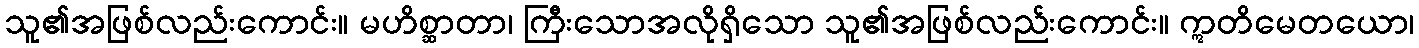
သူ၏အဖြစ်လည်းကောင်း။ မဟိစ္ဆာတာ၊ ကြီးသောအလိုရှိသော သူ၏အဖြစ်လည်းကောင်း။ ဣတိမေတယော၊